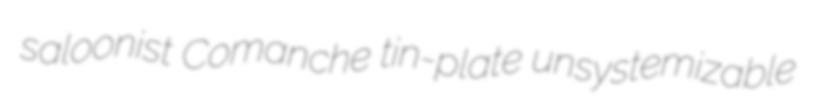
saloonist Comanche tin-plate unsystemizable